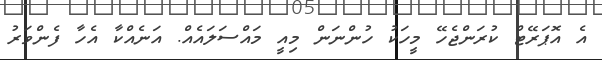
އެ އޮޕަރޭޓް ކުރަންޖެހޭ މީހަކު ހުންނަން މިއީ މައްސަލައެއް. އަނެއްކާ އެހާ ފެންވަރު